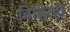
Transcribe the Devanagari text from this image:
विहिरही